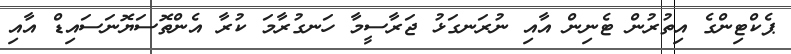
ޕެކްޓިންގެ އިތުރުން ޓެނިން އާއި ނުރަނގަޅު ޖަރާސީމާ ހަނގުރާމަ ކުރާ އެންތޮސަޔޮނަސައިޑް އާއި